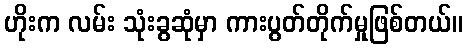
ဟိုးက လမ်း သုံးခွဆုံမှာ ကားပွတ်တိုက်မှုဖြစ်တယ်။